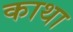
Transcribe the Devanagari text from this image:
काथा